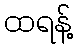
ထရန့်